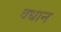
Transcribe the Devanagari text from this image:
वधान